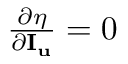
\begin{array} { r } { \frac { { \partial \eta } } { { \partial { { \mathbf { I } } _ { \mathbf { u } } } } } = 0 } \end{array}